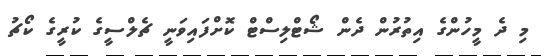
މި ދެ މީހުންގެ އިތުރުން ދެން ޝޯޓްލިސްޓް ކޮށްފައިވަނީ ޗެލްސީގެ ކުރީގެ ކޯޗު